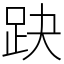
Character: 趹